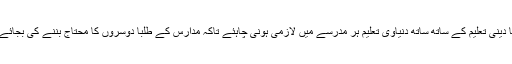
پُر امن انقلاب تو ایسے ہی آئیگا دینی تعلیم کے ساتھ ساتھ دنیاوی تعلیم ہر مدرسے میں لازمی ہونی چاہئے تاکہ مدارس کے طلبا دوسروں کا محتاج بننے کی بجائے اپنے پاﺅں پر کھڑے ہوجائیں۔